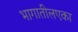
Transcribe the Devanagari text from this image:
भागातीलएका